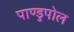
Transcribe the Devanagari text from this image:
पाण्डुपोल